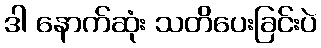
ဒါ နောက်ဆုံး သတိပေးခြင်းပဲ